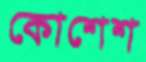
কোশেশ